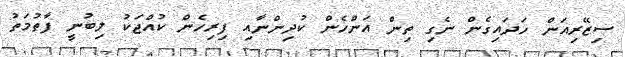
ސިޒޭރިއަން ހަދައިގެން ނެގި ތިން އަންހެން ކުދިންނާއި ފިރިހެން ކުއްޖަކު ލިބުނީ ފާތުމަތު